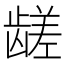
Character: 𱌼